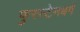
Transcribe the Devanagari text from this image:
फुरस्टेनबर्ग